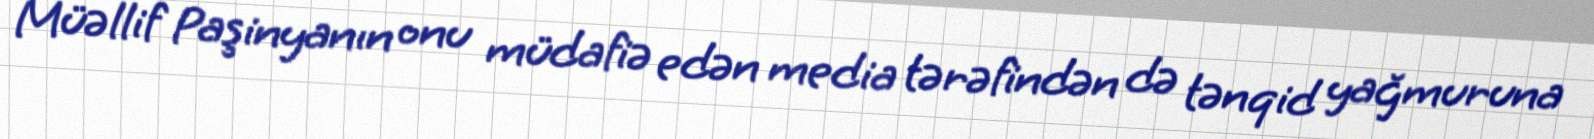
Müəllif Paşinyanın onu müdafiə edən media tərəfindən də tənqid yağmuruna